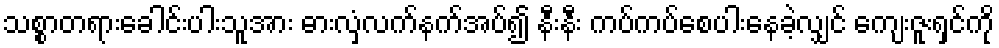
သစ္စာတရားခေါင်းပါးသူအား ဓားလှံလက်နက်အပ်၍ နီးနီး ကပ်ကပ်စေပါးနေခဲ့လျှင် ကျေးဇူးရှင်ကို